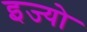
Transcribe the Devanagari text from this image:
इज्यो